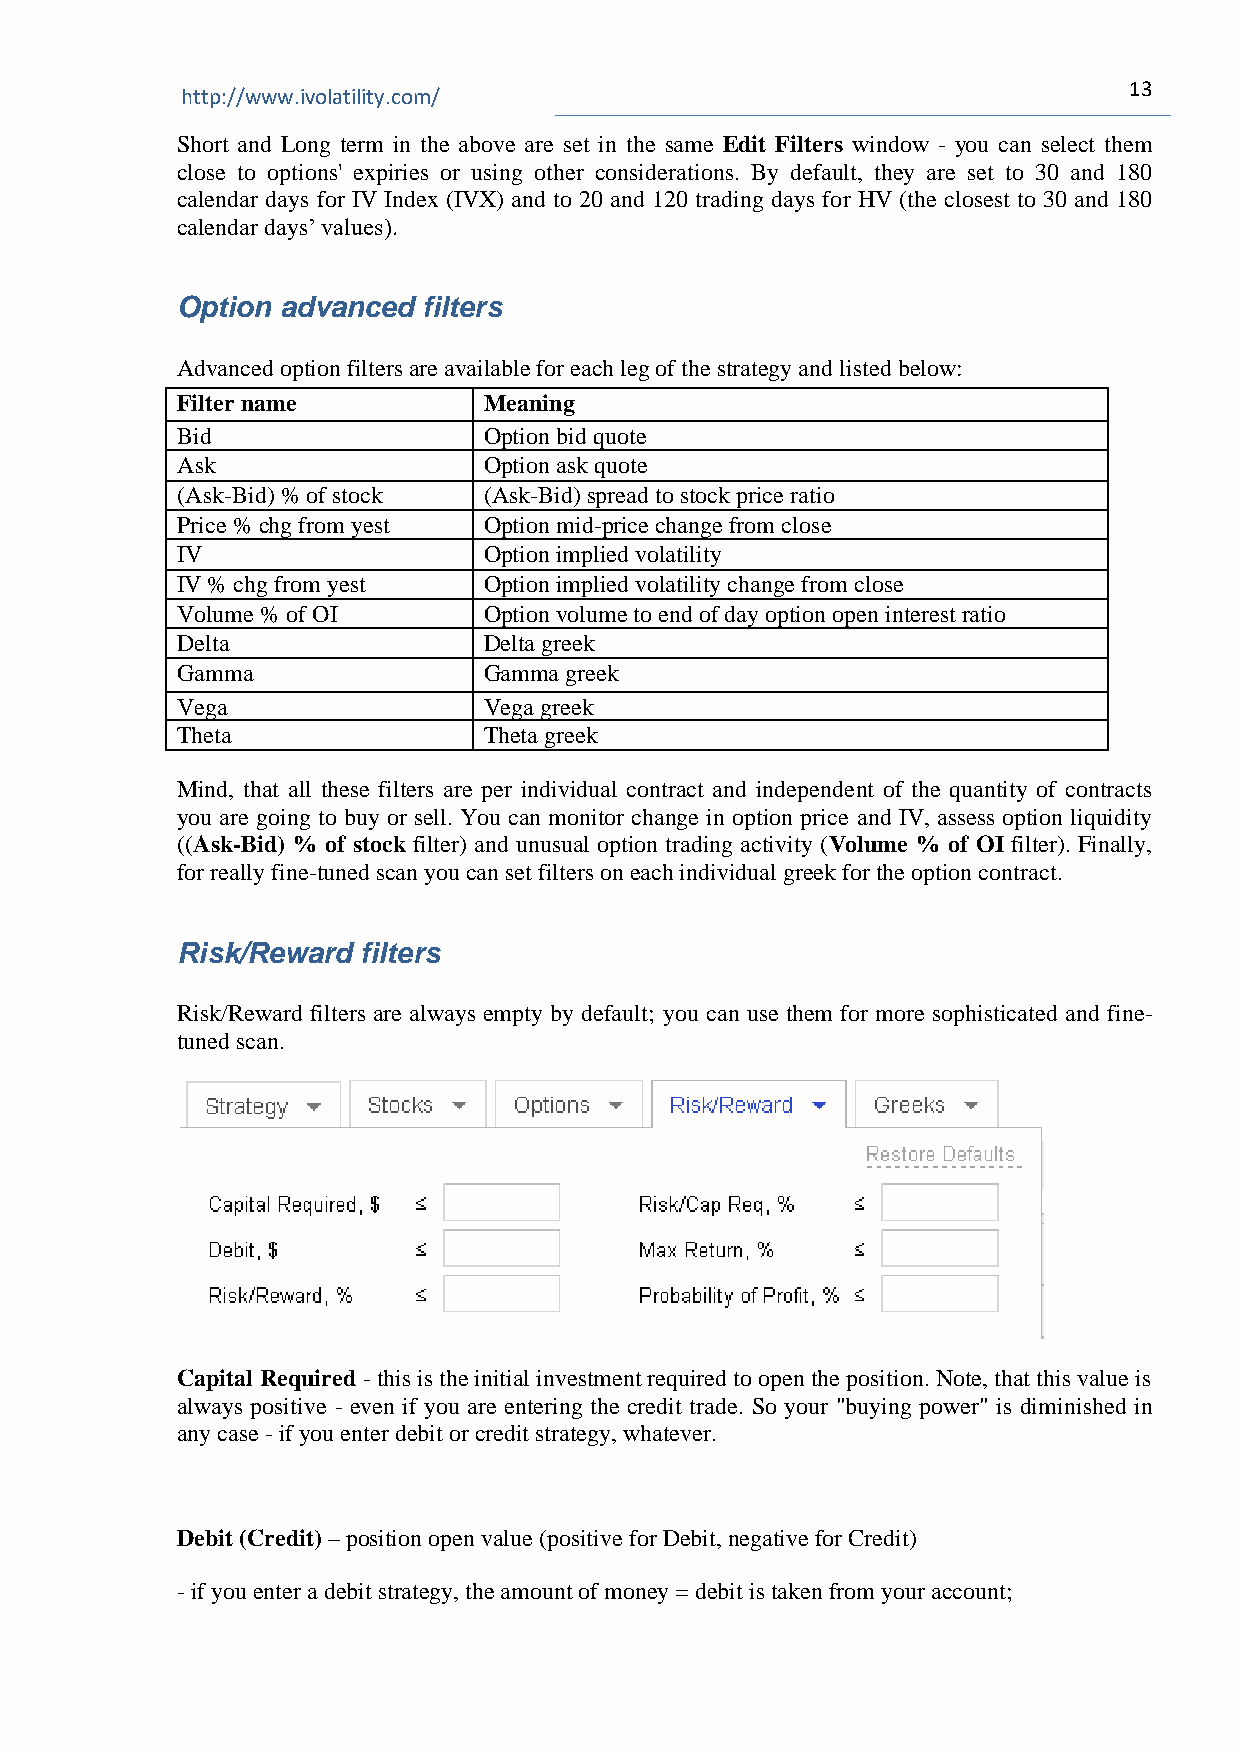
13
 http://www.ivolatility.com/
 Short and Long term in the above are set in the same Edit Filters window - you can select them
 close to options' expiries or using other considerations. By default, they are set to 30 and 180
 calendar days for IV Index (IVX) and to 20 and 120 trading days for HV (the closest to 30 and 180
 calendar days’ values).
 Option advanced filters
 Advanced option filters are available for each leg of the strategy and listed below:
 Filter name         Meaning
 Bid                 Option bid quote
 Ask                 Option ask quote
 (Ask-Bid) % of stock (Ask-Bid) spread to stock price ratio
 Price % chg from yest Option mid-price change from close
 IV                  Option implied volatility
 IV % chg from yest  Option implied volatility change from close
 Volume % of OI      Option volume to end of day option open interest ratio
 Delta               Delta greek
 Gamma               Gamma greek
 Vega                Vega greek
 Theta               Theta greek
 Mind, that all these filters are per individual contract and independent of the quantity of contracts
 you are going to buy or sell. You can monitor change in option price and IV, assess option liquidity
 ((Ask-Bid) % of stock filter) and unusual option trading activity (Volume % of OI filter). Finally,
 for really fine-tuned scan you can set filters on each individual greek for the option contract.
 Risk/Reward filters
 Risk/Reward filters are always empty by default; you can use them for more sophisticated and fine-
 tuned scan.
 Capital Required - this is the initial investment required to open the position. Note, that this value is
 always positive - even if you are entering the credit trade. So your "buying power" is diminished in
 any case - if you enter debit or credit strategy, whatever.
 Debit (Credit) – position open value (positive for Debit, negative for Credit)
 - if you enter a debit strategy, the amount of money = debit is taken from your account;